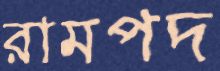
রামপদ